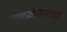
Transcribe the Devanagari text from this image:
सल्फ़ोनैमाइड